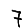
Digit: 7